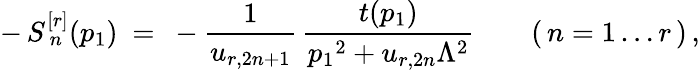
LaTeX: -\, S_{\, n}^{[r]}(p_{1})\ =\ -\frac{1}{u_{r,2n+1}}\, \frac{t(p_{1})}{p_{1}{}^{2}+u_{r,2n}\Lambda^{2}}\qquad(\, n=1\ldots r\, )\, ,